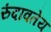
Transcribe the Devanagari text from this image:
रुंदावतेय